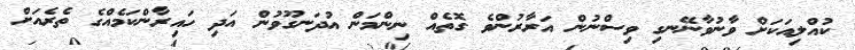
ކުއްލިއަކަށް ވާނުވާނޭނގި ވިސްނުން އަރާރުންވެ ގޮތެއް ނިންމަން އުދަނގޫވުން އަދި ހައިރާންކަމެއްގެ ތެރެއަށް